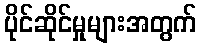
ပိုင်ဆိုင်မှုများအတွက်